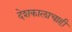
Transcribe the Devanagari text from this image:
देशकालाचाही